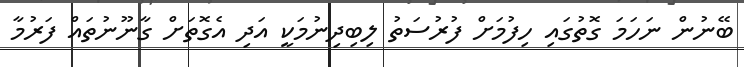
ބޭނުން ނަހަމަ ގޮތުގައި ހިފުމަށް ފުރުސަތު ލިބިދިނުމަކީ އަދި އެގޮތަށް ގާނޫނުތައް ފަރުމާ